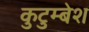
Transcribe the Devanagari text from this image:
कुटुम्बेश